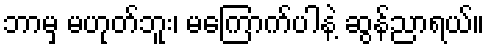
ဘာမှ မဟုတ်ဘူး၊ မကြောက်ပါနဲ့ ဆွန်ညာရယ်။